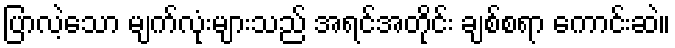
ပြာလဲ့သော မျက်လုံးများသည် အရင်အတိုင်း ချစ်စရာ ကောင်းဆဲ။